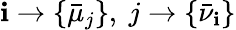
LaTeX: \mathbf{i}\rightarrow\{ \bar{{\mu}}_{j}\} ,~j\rightarrow\{ \bar{{\nu}}_{\mathbf{i}}\}